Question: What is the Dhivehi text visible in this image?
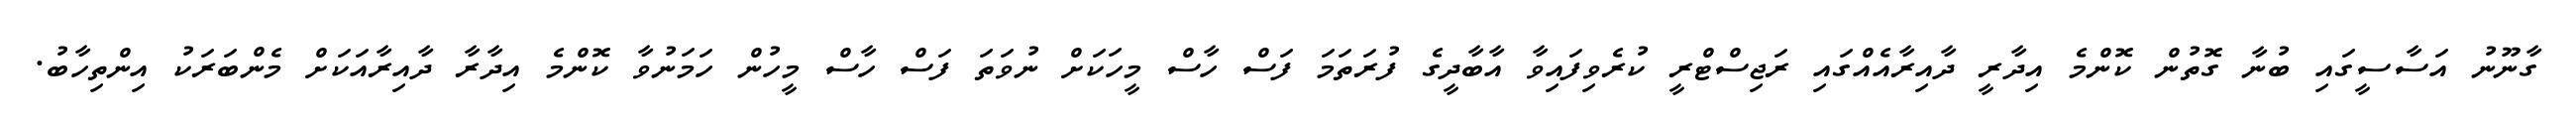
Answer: ގާނޫނު އަސާސީގައި ބުނާ ގޮތުން ކޮންމެ އިދާރީ ދާއިރާއެއްގައި ރަޖިސްޓްރީ ކުރެވިފައިވާ އާބާދީގެ ފުރަތަމަ ފަސް ހާސް މީހަކަށް ނުވަތަ ފަސް ހާސް މީހުން ހަމަނުވާ ކޮންމެ އިދާރާ ދާއިރާއަކަށް މެންބަރަކު އިންތިހާބު.